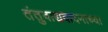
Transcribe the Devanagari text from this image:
तंतुवाद्यवादनाच्या